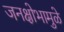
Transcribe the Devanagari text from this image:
जनक्षोभामुळे